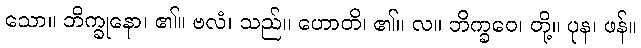
သော။ ဘိက္ခုနော၊ ၏။ ဗလံ၊ သည်။ ဟောတိ၊ ၏။ လ။ ဘိက္ခဝေ၊ တို့။ ပုန၊ ဖန်။